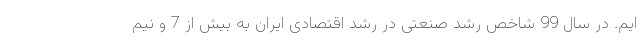
ایم. در سال 99 شاخص رشد صنعتی در رشد اقتصادی ایران به بیش از 7 و نیم